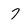
Character: 7